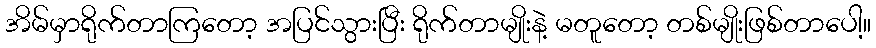
အိမ်မှာရိုက်တာကြတော့ အပြင်သွားပြီး ရိုက်တာမျိုးနဲ့ မတူတော့ တစ်မျိုးဖြစ်တာပေါ့။